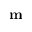
\mathbf { m }